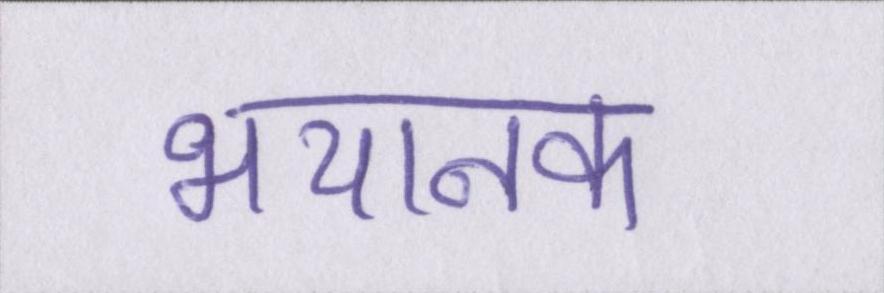
भयानक